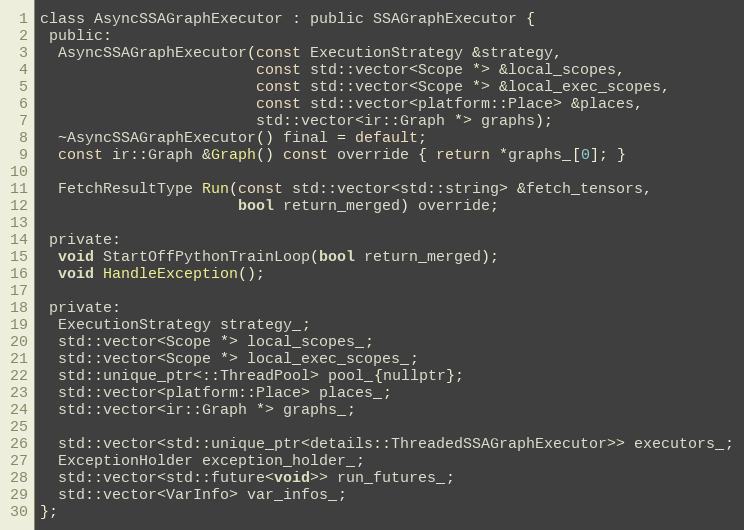
Language: C
class AsyncSSAGraphExecutor : public SSAGraphExecutor {
 public:
  AsyncSSAGraphExecutor(const ExecutionStrategy &strategy,
                        const std::vector<Scope *> &local_scopes,
                        const std::vector<Scope *> &local_exec_scopes,
                        const std::vector<platform::Place> &places,
                        std::vector<ir::Graph *> graphs);
  ~AsyncSSAGraphExecutor() final = default;
  const ir::Graph &Graph() const override { return *graphs_[0]; }

  FetchResultType Run(const std::vector<std::string> &fetch_tensors,
                      bool return_merged) override;

 private:
  void StartOffPythonTrainLoop(bool return_merged);
  void HandleException();

 private:
  ExecutionStrategy strategy_;
  std::vector<Scope *> local_scopes_;
  std::vector<Scope *> local_exec_scopes_;
  std::unique_ptr<::ThreadPool> pool_{nullptr};
  std::vector<platform::Place> places_;
  std::vector<ir::Graph *> graphs_;

  std::vector<std::unique_ptr<details::ThreadedSSAGraphExecutor>> executors_;
  ExceptionHolder exception_holder_;
  std::vector<std::future<void>> run_futures_;
  std::vector<VarInfo> var_infos_;
};